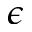
\epsilon